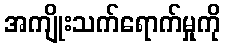
အကျိုးသက်ရောက်မှုကို